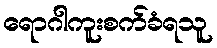
ရောဂါကူးစက်ခံရသူ